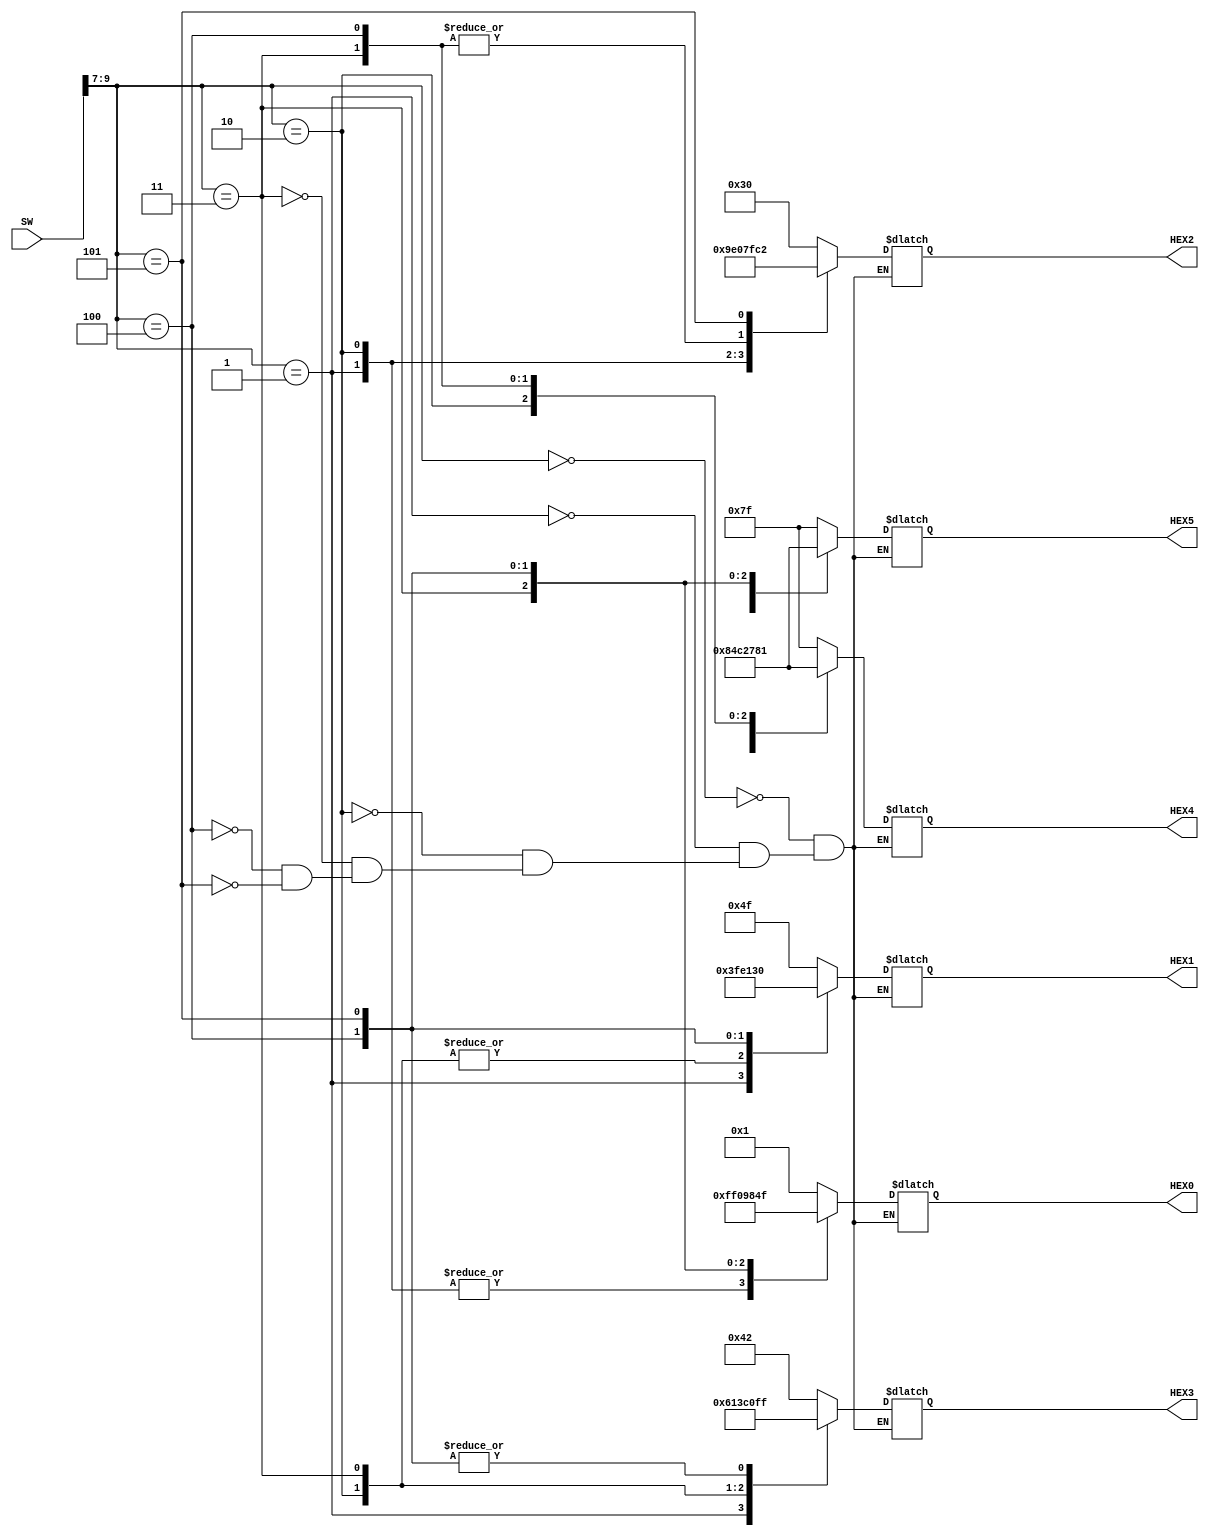
module switch_4_char_word (
	input [9:0] SW,
	output reg [0:6] HEX0,HEX1,HEX2,HEX3,HEX4,HEX5);
	always @(*)
		case (SW[9:7])
			3'o0: begin
			HEX0 = 7'b0000001;
			HEX1 = 7'b1001111;
			HEX2 = 7'b0110000;
			HEX3 = 7'b1000010;
			HEX4 = 7'b1111111;
			HEX5 = 7'b1111111;
			end
			3'o1: begin
			HEX1 = 7'b0000001;
			HEX2 = 7'b1001111;
			HEX3 = 7'b0110000;
			HEX4 = 7'b1000010;
			HEX5 = 7'b1111111;
			HEX0 = 7'b1111111;
			end
			3'o2: begin
			HEX2 = 7'b0000001;
			HEX3 = 7'b1001111;
			HEX4 = 7'b0110000;
			HEX5 = 7'b1000010;
			HEX0 = 7'b1111111;
			HEX1 = 7'b1111111;
			end
			3'o3: begin
			HEX3 = 7'b0000001;
			HEX4 = 7'b1001111;
			HEX5 = 7'b0110000;
			HEX0 = 7'b1000010;
			HEX1 = 7'b1111111;
			HEX2 = 7'b1111111;
			end
			3'o4: begin
			HEX4 = 7'b0000001;
			HEX5 = 7'b1001111;
			HEX0 = 7'b0110000;
			HEX1 = 7'b1000010;
			HEX2 = 7'b1111111;
			HEX3 = 7'b1111111;
			end
			3'o5: begin
			HEX5 = 7'b0000001;
			HEX0 = 7'b1001111;
			HEX1 = 7'b0110000;
			HEX2 = 7'b1000010;
			HEX3 = 7'b1111111;
			HEX4 = 7'b1111111;
			end	
		endcase
endmodule